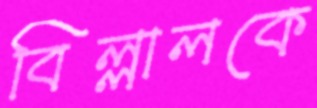
বিল্লালকে